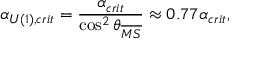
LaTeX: \alpha _ { U ( 1 ) , c r i t } = \frac { \alpha _ { c r i t } } { \cos ^ { 2 } \theta _ { \overline { { { M S } } } } } \approx 0 . 7 7 \alpha _ { c r i t } ,